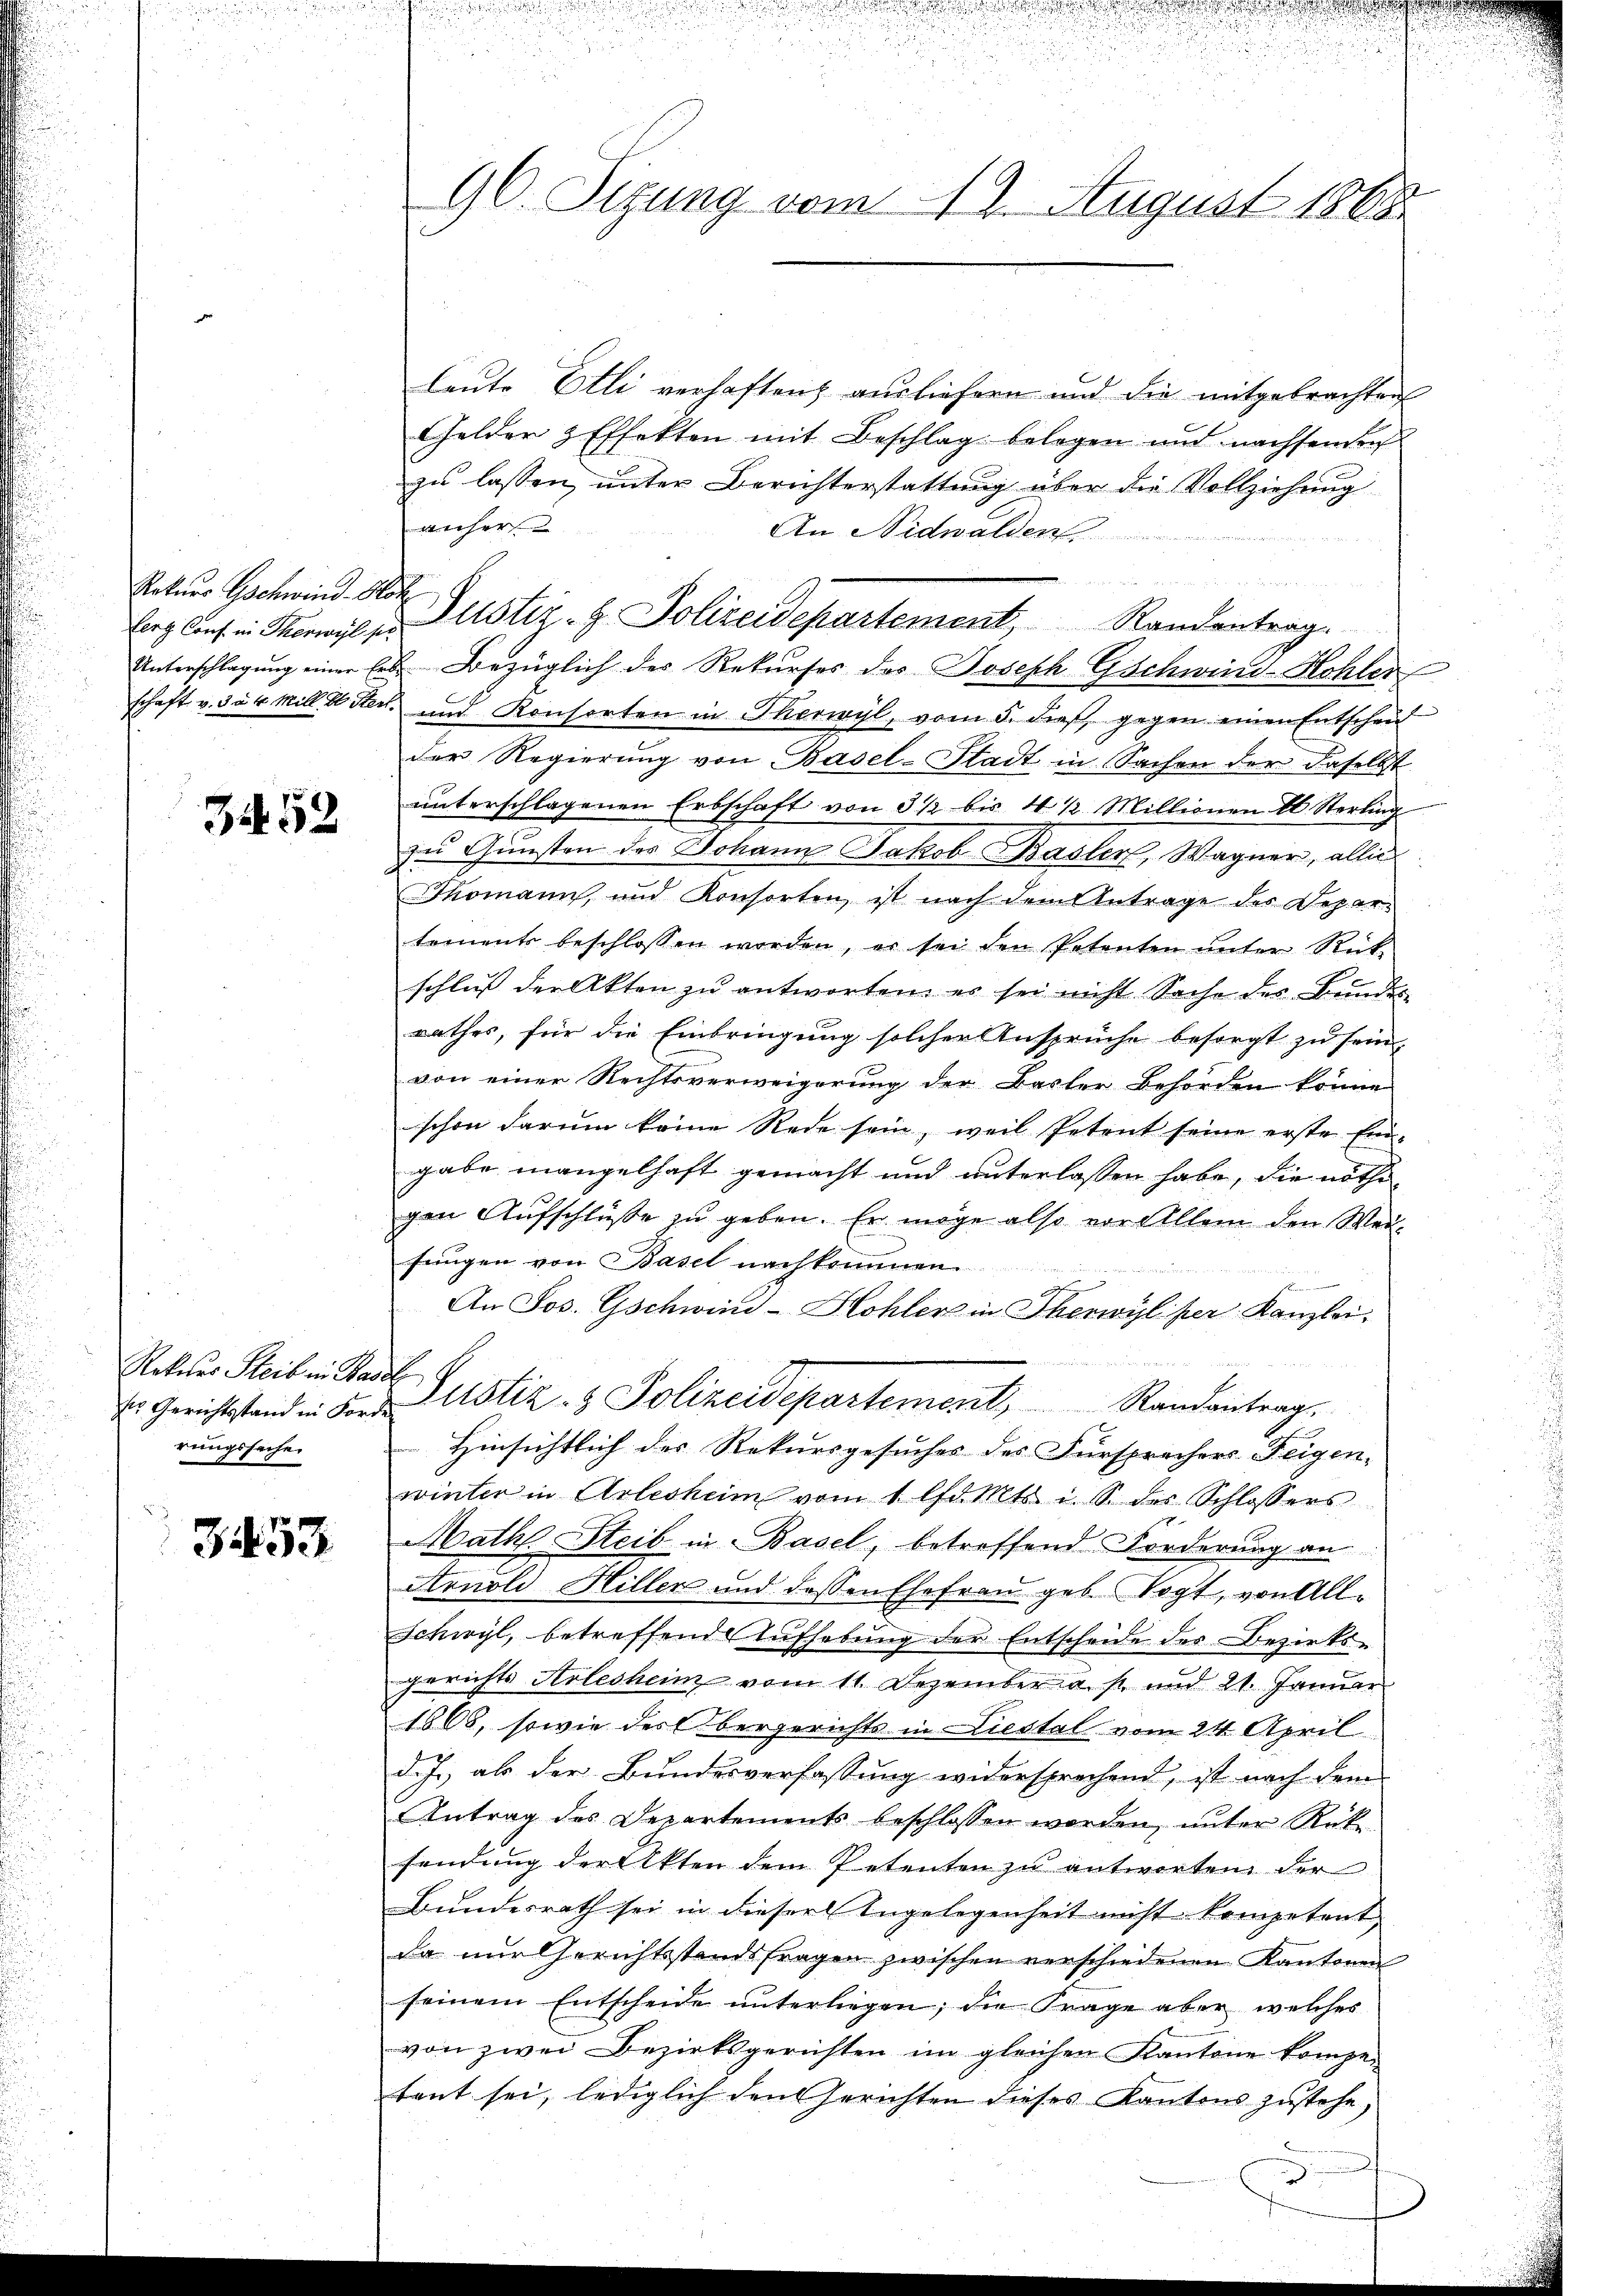
Rekurs Gschwind-Hot

3452

Rekurs Steib in Basels
rungssache

3453

96. Sizung vom 19. August 1865.

leute Etli verhaften, ausliefern und die mitgebrachten
Gelder & Effekten mit Beschlag belegen und nachsenden
zu lassen, unter Berichterstattung über die Vollziehung
anher
An Nidwalden
leg lief in Sonne u. Justiz- & Polizeidepartement, Randentrag.
Unterschlagung einer Erbe Bezüglich des Rekurses des Joseph Gschwind-Hohler
schaft v. 304 Mill. Stert und Konsorten in Thorwyl, vom 5. dieß gegen einen Entschei
der Regierung von Basel-Stadt in Sachen der daselbst
ŭnterschlagenen Erbschaft von 3 1/2 bis 4 1/2 Millionen E. Sterling
zu Gunsten des Johann Jakob Basler, Wagner, alleic
Thomann, und Konsorten, ist nach dem Antrage des Departements beschlossen worden, er sei den Petenten ŭnter Rück-
schluß der Akten zu antworten es sei nicht Sache des Bundes-
rathes, für die Einbringung solcher Ansprüche besorgt zu sein,
von einer Rechtsverweigerung der Basler Behörden könne
schon darum keine Rede sein, weil Petent seine erste Eid-
gabe mangelhaft gemacht und unterlassen habe, die nöthigen Aufschlüsse zu geben. Er möge also vor Allem den Weifŭngen von Basel nach
An Jos. Gschwind-Hohler in Therwyl per Kanzlei.
 Gerichtstand in Fort Gustiz- & Polizeidepartement, Randantrags
Hinsichtlich der Rekursgesuches des Fürsprechers Feigen-
winter in Arlesheim vom 1. lfd. Mts. i. S. der Schlossers
Math. Steib in Basel, betreffend Forderung an
Arnold Hiller und dessen Ehefrau geb. Vogt, von All-
Schwyl, betreffend Aufhebung der Entscheide des Bezirksgerichts Arlesheim vom 11. Dezember a. s. und 21. Januar
1868, sowie des Obergerichts in Liestal vom 24. April
d.h. als der Bundesverfassung widersprochend, ist nach dem
Antrag des Departements beschlossen worden, unter Rück
sendung der Akten dem Petenten zu antworten der
Bundesrath sei in dieser Angelegenheit nicht kompetent
da nur Gerichtsstandsfragen zwischen verschiedenen Kantonen
seinem Entscheide ŭnterliegen; die Frage aber welches
von zwei Bezirksgerichten im gleichen Kantone kompe-
tant sei, lediglich den Gerichten dieses Kantons zustehe,